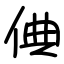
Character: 倎